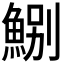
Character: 𩷤